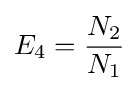
E_{4}={\frac {N_{2}}{N_{1}}}